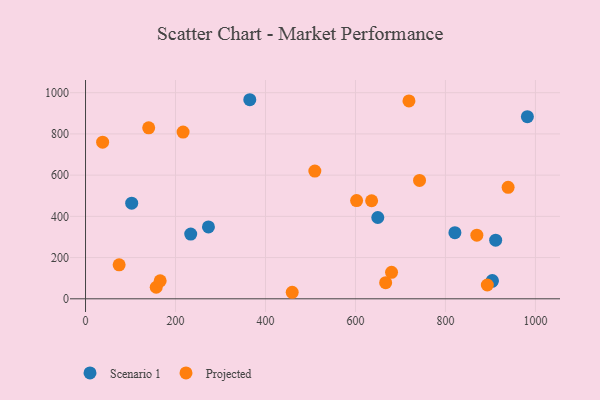
{"axis": {"x": "Distance", "y": "Demand"}, "legend": ["Projected", "Scenario 1"], "data": [{"x": "903.7", "y": 84.7, "type": "Scenario 1"}, {"x": "365.1", "y": 965.9, "type": "Scenario 1"}, {"x": "233.8", "y": 314.1, "type": "Scenario 1"}, {"x": "904.2", "y": 88.7, "type": "Scenario 1"}, {"x": "821.0", "y": 321.1, "type": "Scenario 1"}, {"x": "982.1", "y": 883.6, "type": "Scenario 1"}, {"x": "102.6", "y": 464.2, "type": "Scenario 1"}, {"x": "273.2", "y": 348.6, "type": "Scenario 1"}, {"x": "911.6", "y": 284.6, "type": "Scenario 1"}, {"x": "649.6", "y": 394.5, "type": "Scenario 1"}, {"x": "893.1", "y": 67.1, "type": "Projected"}, {"x": "718.9", "y": 960.0, "type": "Projected"}, {"x": "74.7", "y": 164.7, "type": "Projected"}, {"x": "157.1", "y": 56.2, "type": "Projected"}, {"x": "742.4", "y": 574.3, "type": "Projected"}, {"x": "635.9", "y": 475.7, "type": "Projected"}, {"x": "509.7", "y": 619.8, "type": "Projected"}, {"x": "140.4", "y": 829.6, "type": "Projected"}, {"x": "667.1", "y": 78.4, "type": "Projected"}, {"x": "459.4", "y": 31.7, "type": "Projected"}, {"x": "38.0", "y": 759.8, "type": "Projected"}, {"x": "216.8", "y": 809.1, "type": "Projected"}, {"x": "869.8", "y": 308.6, "type": "Projected"}, {"x": "680.2", "y": 128.7, "type": "Projected"}, {"x": "939.3", "y": 541.1, "type": "Projected"}, {"x": "602.5", "y": 476.4, "type": "Projected"}, {"x": "165.9", "y": 87.4, "type": "Projected"}]}